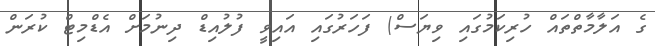
ގެ އަލާމާތްތައް ހުރިކަމުގައި ވިޔަސް) ފަހަރުގައި އައިވީ ފުލުުއިޑް ދިނުމަށް އެޑްމިޓް ކުރަން